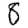
Digit: 8